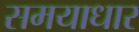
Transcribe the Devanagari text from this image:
समयाधार